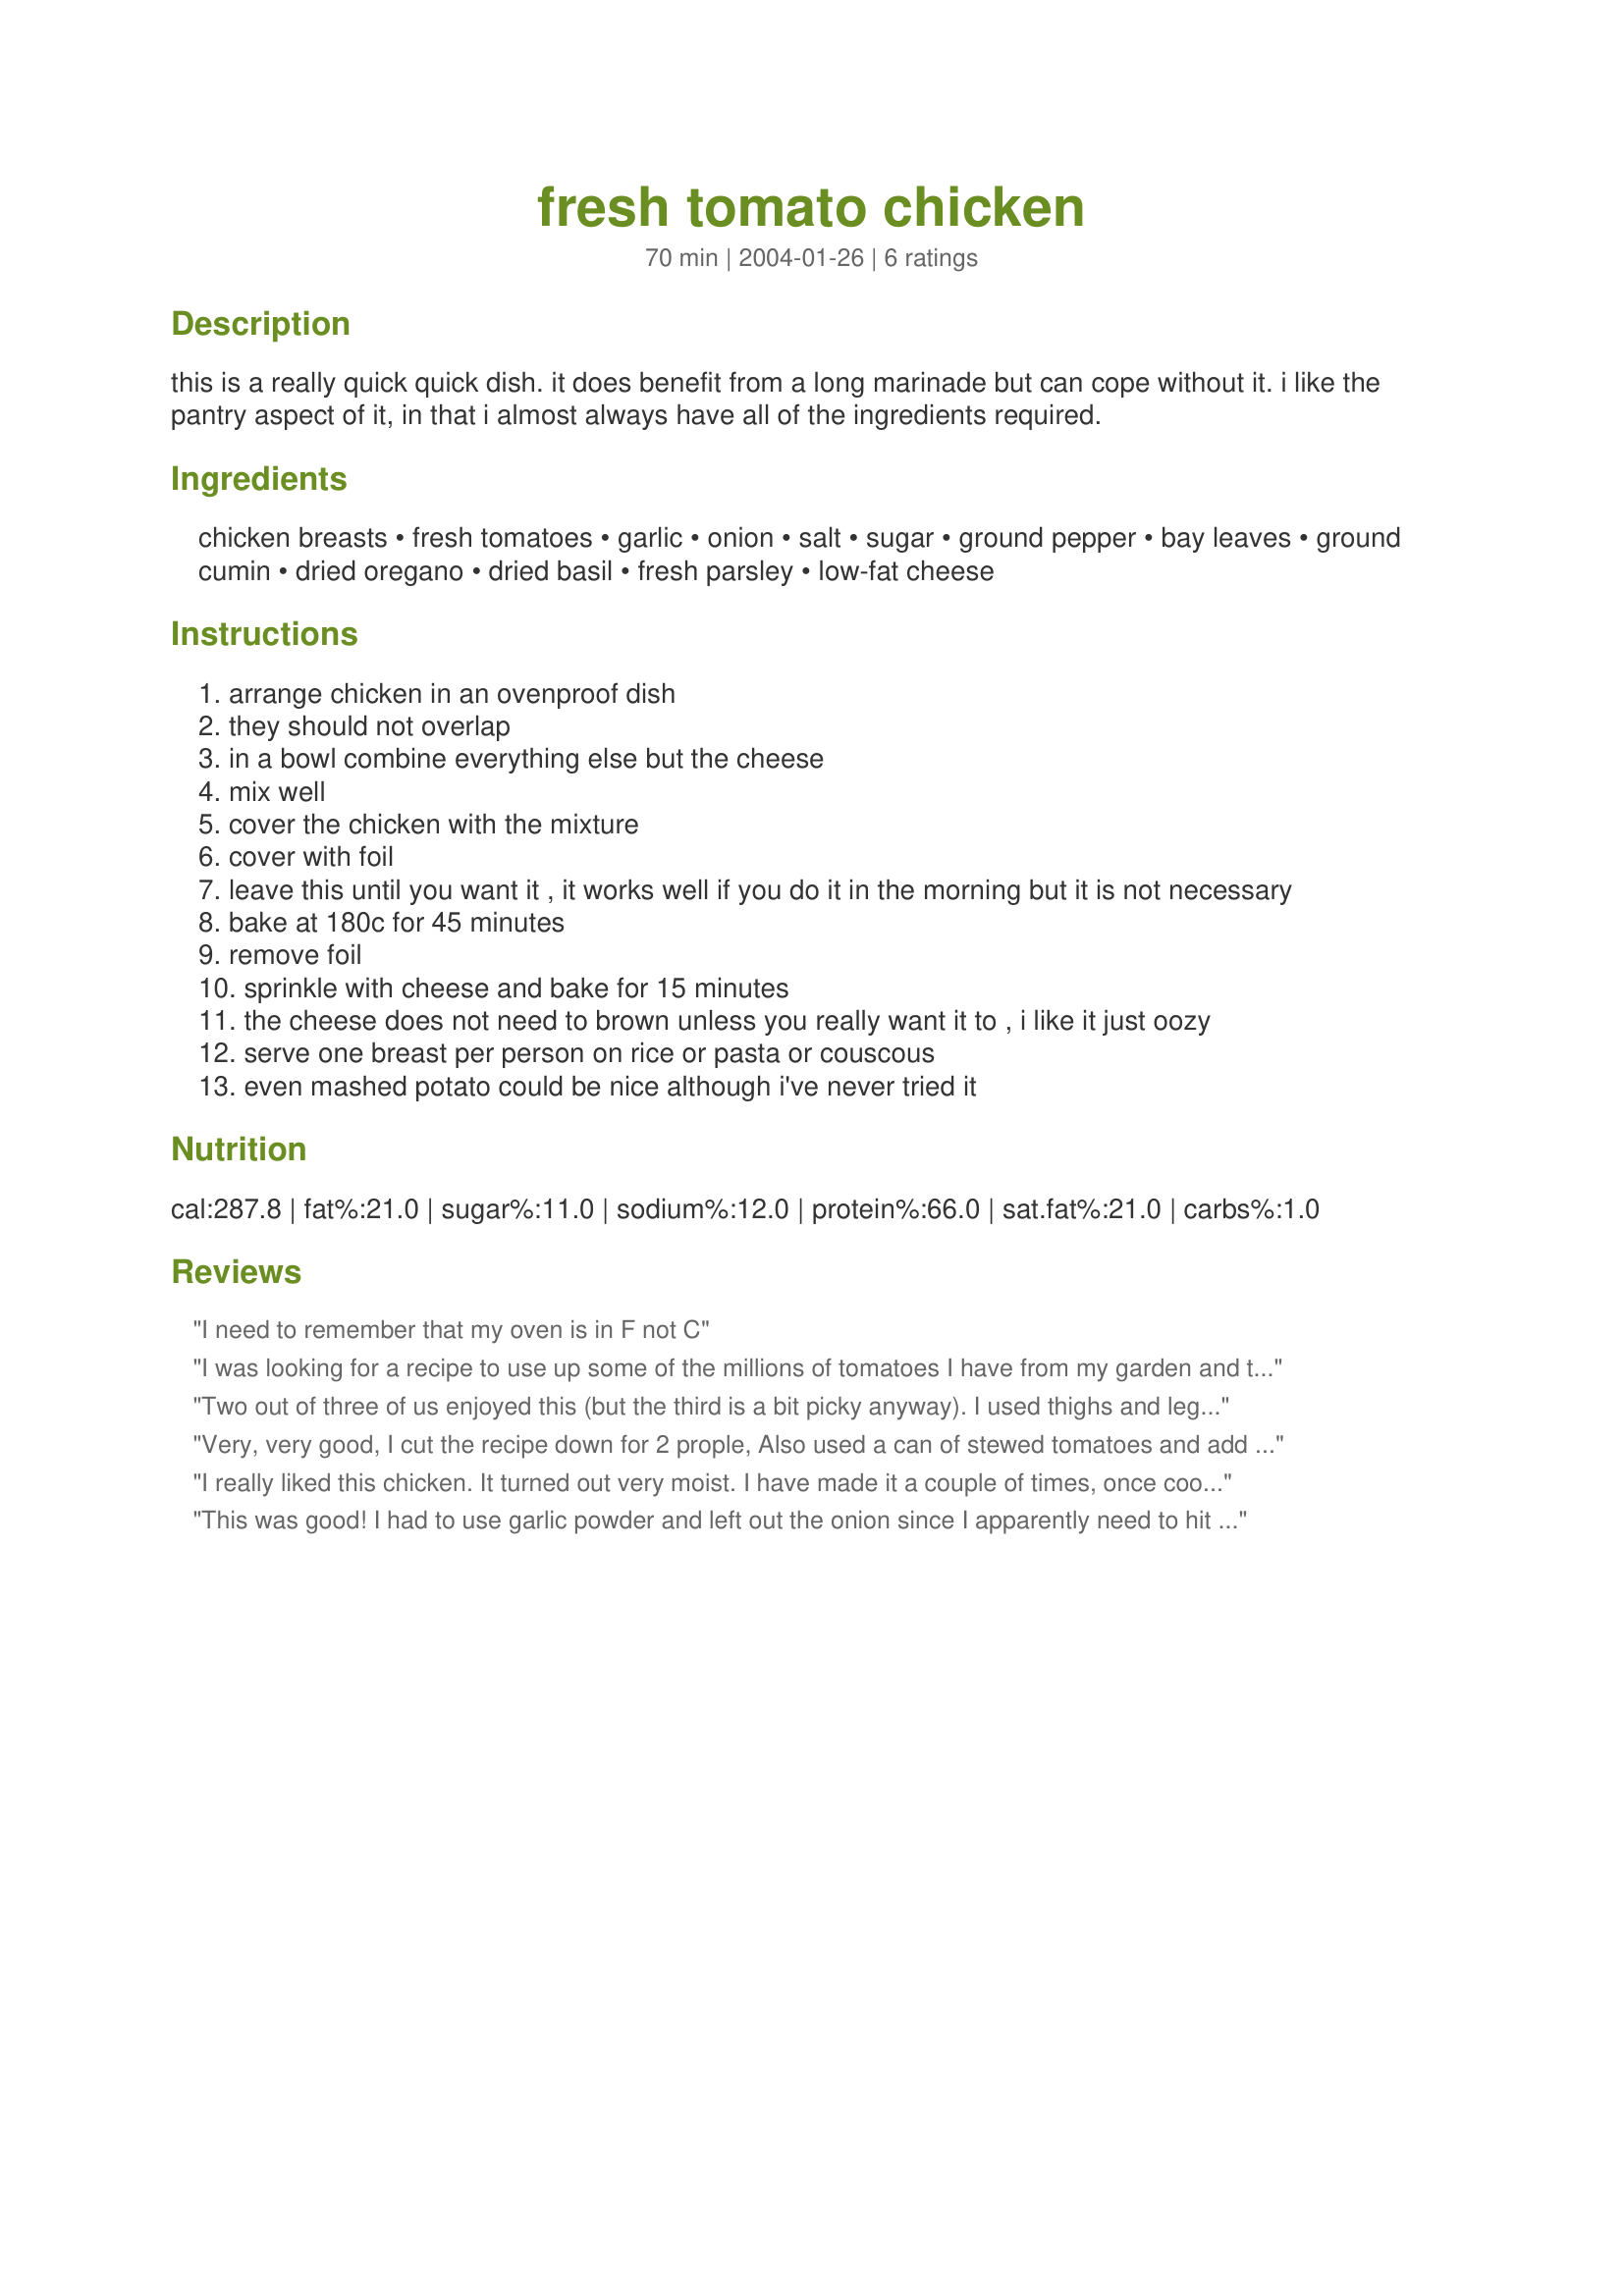
fresh tomato chicken
Preparation time: 70 minutes

this is a really quick quick dish. it does benefit from a long marinade but can cope without it. i like the pantry aspect of it, in that i almost always have all of the ingredients required.

Ingredients:
chicken breasts, fresh tomatoes, garlic, onion, salt, sugar, ground pepper, bay leaves, ground cumin, dried oregano, dried basil, fresh parsley, low-fat cheese

Steps:
arrange chicken in an ovenproof dish
they should not overlap
in a bowl combine everything else but the cheese
mix well
cover the chicken with the mixture
cover with foil
leave this until you want it , it works well if you do it in the morning but it is not necessary
bake at 180c for 45 minutes
remove foil
sprinkle with cheese and bake for 15 minutes
the cheese does not need to brown unless you really want it to , i like it just oozy
serve one breast per person on rice or pasta or couscous
even mashed potato could be nice although i've never tried it

Reviews:
I need to remember that my oven is in F not C
I was looking for a recipe to use up some of the millions of tomatoes I have from my garden and this one was a 5 Star Find!! You can't ask for an easier recipe! The flavor was great! I sided it with Parmesan Garlic Mashed Potatoes (Recipe #3721 ) and it was wonderful together! I didn't let it marinate this time- next time I will and I'll try it on thin spaghetti and topped with mozzarella cheese - it should be great. By the way, I just made this yesterday and my PICKY fiance wanted me to make it again tonight (that says a lot)!
Two out of three of us enjoyed this (but the third is a bit picky anyway). I used thighs and legs, stacked them in a narrow but deep plastic container with a lid, poured the veggie/spice mixture over, covered and stuck it in the fridge at dinner time on Tuesday and baked it Wednesday night. I was really surprised that it really didn't need any additional salt - I'm a salt addict. We'll definitely be making this again when our picky third party has other plans. :)
Very, very good, I cut the recipe down for 2 prople, Also used a can of stewed tomatoes and add a little of the spices especially cumim and bay leaf, as the stewed tomatoes has a lot of the spices already in them. I used monterey Jack cheese this was very good.
I really liked this chicken. It turned out very moist. I have made it a couple of times, once cooking it right away, and once preparing everything in the morning and letting it sit until afternoon. The chicken really benefited from the wait. I made this without cheese b/c of the people I cook for. Thanks for the good recipe.
This was good! I had to use garlic powder and left out the onion since I apparently need to hit the grocery store again. Very nice with mashed potatoes. Thanks!
